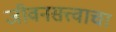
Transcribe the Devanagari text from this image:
जीवनसत्त्वाचा